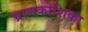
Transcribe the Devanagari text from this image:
घ्राणकोशिका